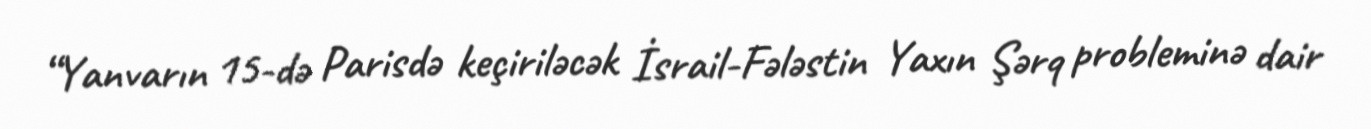
“Yanvarın 15-də Parisdə keçiriləcək İsrail-Fələstin Yaxın Şərq probleminə dair